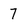
Character: 7